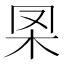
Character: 𣏷